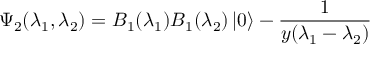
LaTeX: \Psi _ { 2 } ( \lambda _ { 1 } , \lambda _ { 2 } ) = B _ { 1 } ( \lambda _ { 1 } ) B _ { 1 } ( \lambda _ { 2 } ) \left| 0 \right\rangle - \frac { 1 } { y ( \lambda _ { 1 } - \lambda _ { 2 } ) }